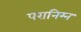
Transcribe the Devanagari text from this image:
परानिम्न